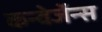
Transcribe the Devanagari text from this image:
कन्वेर्जेन्स